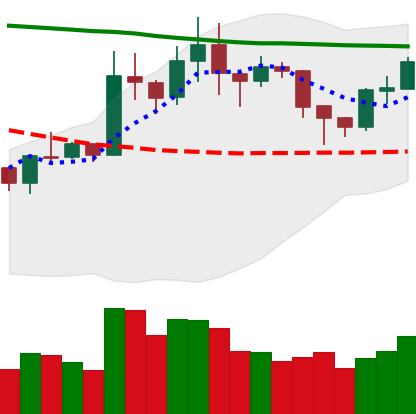
Ticker: XRP-USD
Chart end date: 2020-01-28
Forward return: 5.135%
Label: up_5_7